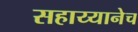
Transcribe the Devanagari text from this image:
सहाय्यानेच